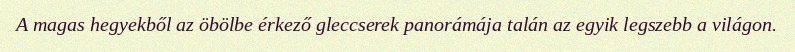
A magas hegyekből az öbölbe érkező gleccserek panorámája talán az egyik legszebb a világon.